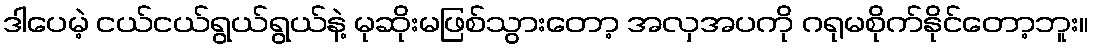
ဒါပေမဲ့ ငယ်ငယ်ရွယ်ရွယ်နဲ့ မုဆိုးမဖြစ်သွားတော့ အလှအပကို ဂရုမစိုက်နိုင်တော့ဘူး။